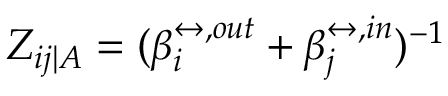
Z _ { i j | A } = ( \beta _ { i } ^ { \leftrightarrow , o u t } + \beta _ { j } ^ { \leftrightarrow , i n } ) ^ { - 1 }